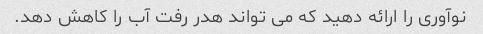
نوآوری را ارائه دهید که می تواند هدر رفت آب را کاهش دهد.